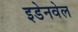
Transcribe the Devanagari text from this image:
इडेनवेल